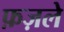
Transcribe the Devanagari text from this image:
फ़ज़ले